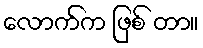
လောက်က ဖြစ် တာ။